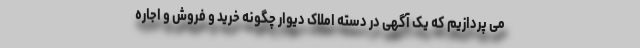
می پردازیم که یک آگهی در دسته املاک دیوار چگونه خرید و فروش و اجاره